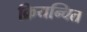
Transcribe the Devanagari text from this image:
क्रियन्वित